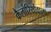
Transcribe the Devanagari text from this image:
कैलोरियोंवाला